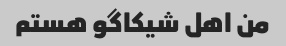
من اهل شیکاگو هستم